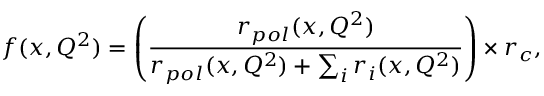
f ( x , Q ^ { 2 } ) = \left( \frac { r _ { p o l } ( x , Q ^ { 2 } ) } { r _ { p o l } ( x , Q ^ { 2 } ) + \sum _ { i } r _ { i } ( x , Q ^ { 2 } ) } \right) \times r _ { c } ,